Civil Veterinary Department. Madras. Admin. report 1926-33 - 1926-1933
Year: 1926
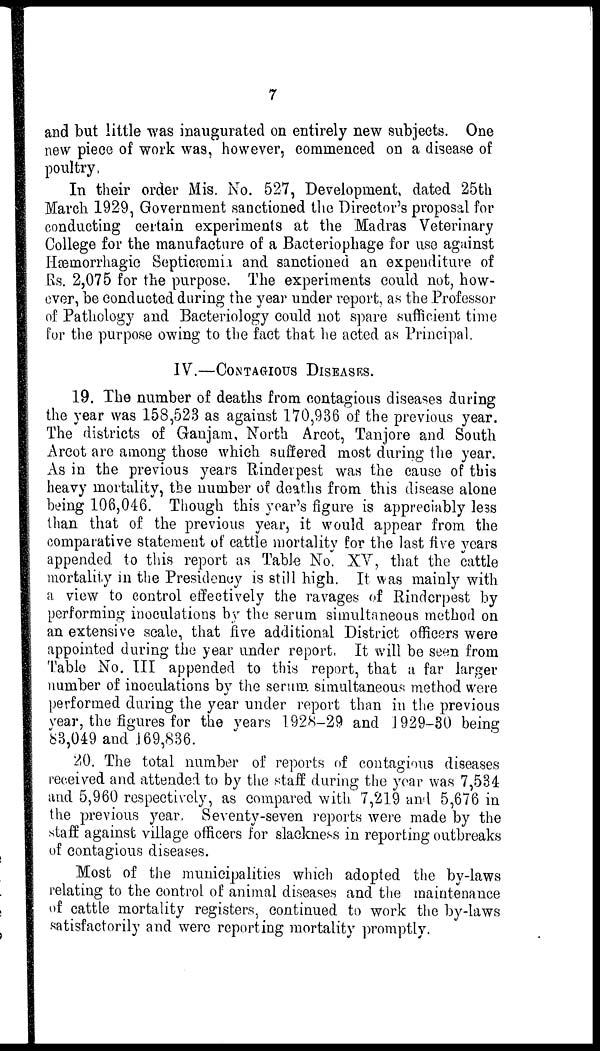
7
and but little was inaugurated on entirely new subjects. One
new piece of work was, however, commenced on a disease of
poultry,
In their order Mis. No. 527, Development, dated 25th
March 1929, Government sanctioned the Director's proposal for
conducting certain experiments at the Madras Veterinary
College for the manufacture of a Bacteriophage for use against
Hæmorrhagic Septicæmia and sanctioned an expenditure of
Rs. 2,075 for the purpose. The experiments could not, how-
ever, be conducted during the year under report, as the Professor
of Pathology and Bacteriology could not spare sufficient time
for the purpose owing to the fact that he acted as Principal.
IV.—CONTAGIOUS DISEASEES.
19. The number of deaths from contagious diseases during
the year was 158,523 as against 170,936 of the previous year.
The districts of Ganjam, North Arcot, Tanjore and South
Arcot are among those which suffered most during the year.
As in the previous years Rinderpest was the cause of this
heavy mortality, the number of deaths from this disease alone
being 106,046. Though this year's figure is appreciably le3s
than that of the previous year, it would appear from the
comparative statement of cattle mortality for the last five years
appended to this report as Table No. XV, that the cattle
mortality in the Presidency is still high. It was mainly with
a view to control effectively the ravages of Rinderpest by
performing inoculations by the serum simultaneous method on
an extensive scale, that five additional District officers were
appointed during the year under report. It will be seen from
Table No. III appended to this report, that a far larger
number of inoculations by the serum simultaneous method were
performed during the year under report than in the previous
year, the figures for the years 1928-29 and J 929-30 being
83,049 and 169,836.
20. The total number of reports of contagious diseases
received and attended to by the staff during the year was 7,534
and 5,960 respectively, as compared with 7,219 and 5,676 in
the previous year, Seventy-seven reports were made by the
staff against village officers for slackness in reporting outbreaks
of contagious diseases.
Most of the municipalities which adopted the by-laws
relating to the control of animal diseases and the maintenance
of cattle mortality registers, continued to work the by-laws
satisfactorily and were reporting mortality promptly.